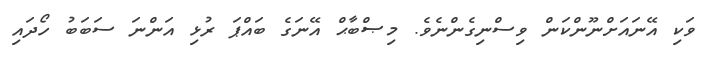
ވަކި އޭނައަށްނޫންކަން ވިސްނިގެންނެވެ. މިޞްބާޙް އޭނަގެ ބައްޕަ ރުޅި އަންނަ ސަބަބު ހޯދައި